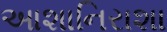
આશાનિરાશા